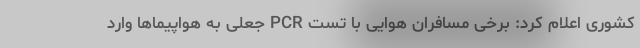
کشوری اعلام کرد: برخی مسافران هوایی با تست PCR جعلی به هواپیماها وارد